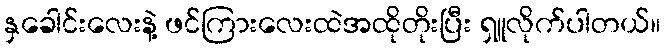
နှခေါင်းလေးနဲ့ ဖင်ကြားလေးထဲအထိုတိုးပြီး ရှူလိုက်ပါတယ်။